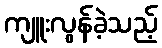
ကျူးလွန်ခဲ့သည့်